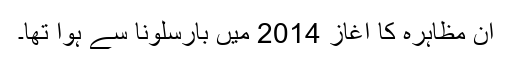
ان مظاہرہ کا آغاز 2014 میں بارسلونا سے ہوا تھا۔